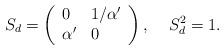
LaTeX: \begin{align*}S_{d}= \left( \begin{array}{ll} 0 & 1/\alpha' \\ \alpha' & 0 \end{array}\right), \;\;\;\; S_{d}^{2}=1. \end{align*}